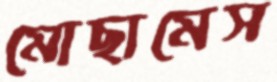
মোছামেস